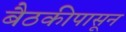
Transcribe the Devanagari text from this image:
बैठकीपासून